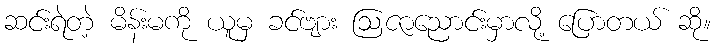
ဆင်းရဲတဲ့ မိန်းမကို ယူမှ ခင်ဗျား ဩဇာညောင်းမှာလို့ ပြောတယ် ဆို။